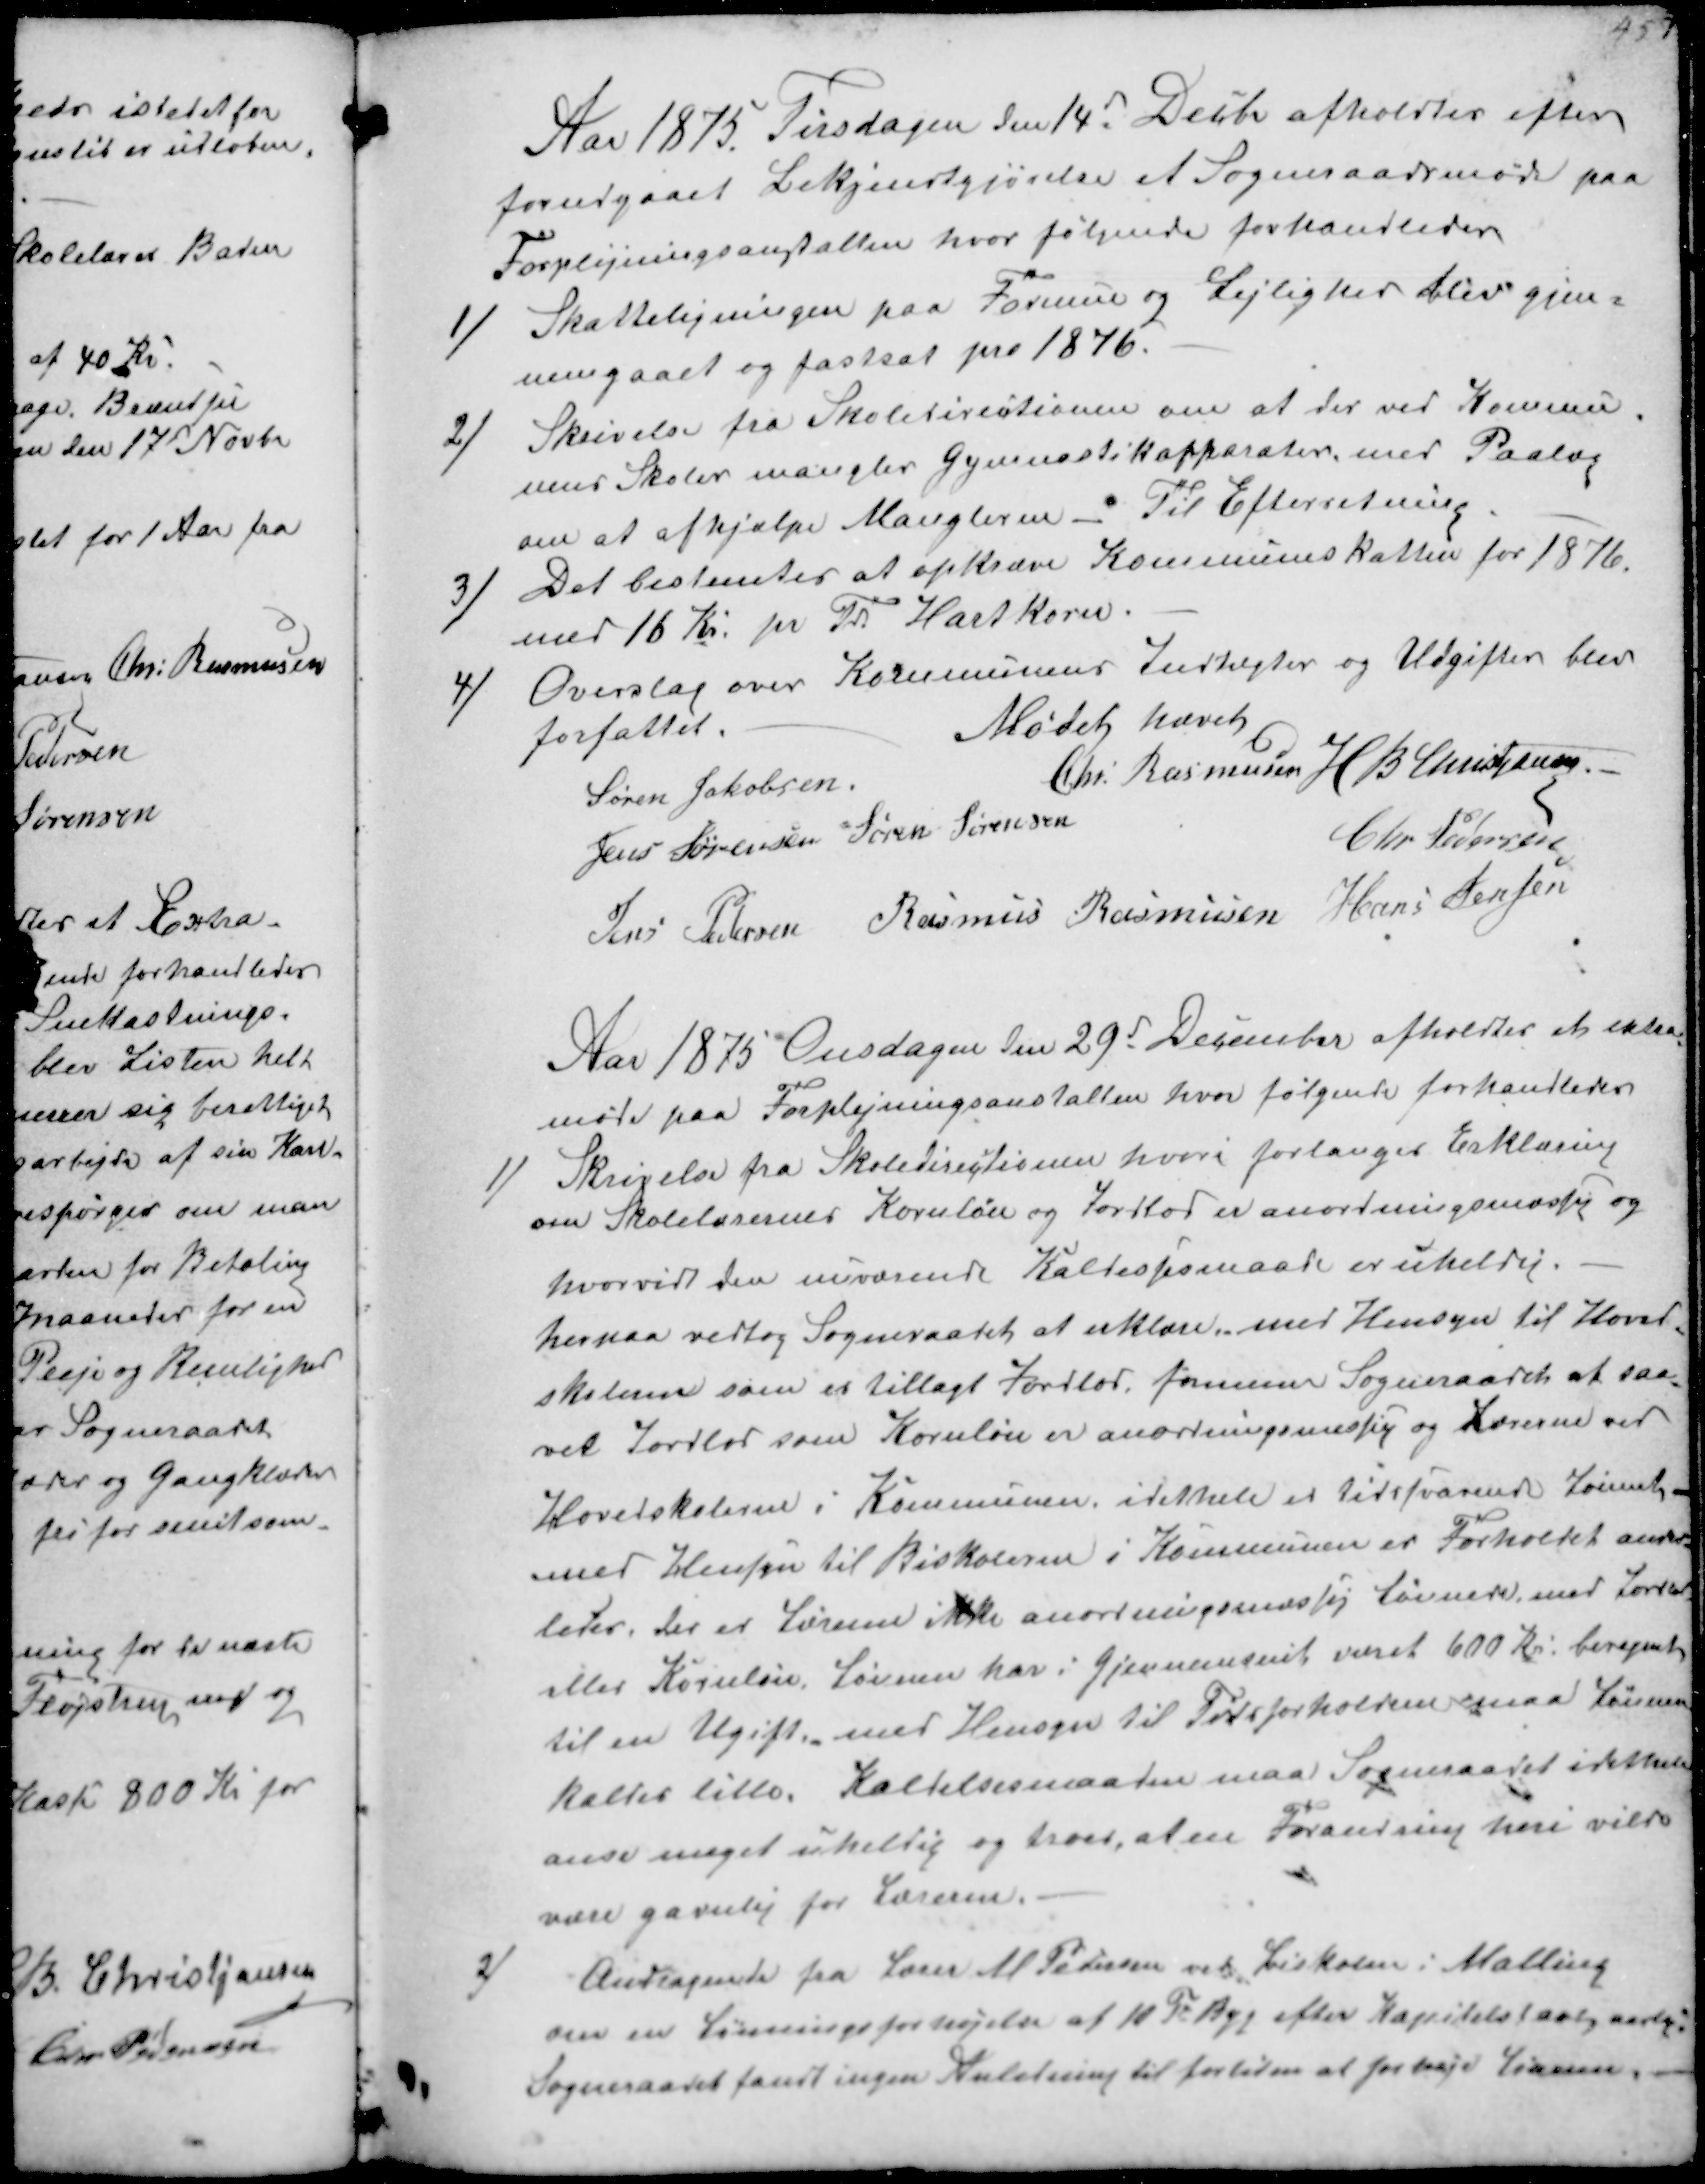
Transskription:
Aar 1875 Tirsdagen den 14d Decbr afholdtes efter
forudgaaet Bekjendtgjørelse et Sogneraadsmøde paa
Forplejningsanstalten hvor følgende forhandledes
1/
Skatteligningen paa Formue og Lejlighed blev gjen-
nemgaaet og fastsat for 1876.
2/
Skrivelse fra Skoledirectionen om at der ved Kommu-
nens Skoler mangler Gymnastikapparater med Paalæg
om at afhjælpe Manglerne - Til Efterretning
3/
Det bestemtes at opkræve Kommuneskatten for 1876
med 16 Kr pr Td Hartkorn.
4/
Overslag over Kommunens indtægter og Udgifter blev
forfattet.
Mødet hævet
Søren Jakobsen
Chr. Rasmussen H B Christjansen
Jens Sørensen Søren Sørensen
Chr Pedersen
Jens Pedersen Rasmus Rasmussen Hans Jensen

Aar 1875 Onsdagen den 29d December afholdtes et extra
møde paa Forplejningsanstalten hvor følgende forhandledes
1/
Skrivelse fra Skoledirectionen hvori forlanges Erklæring
om Skolelærernes Kornløn og Jordlod er anordningsmæssig og
hvorvidt den nuværende Kaldesesmaade er uheldig.
hernaa vedtog Sogneraadet at erklære med Hensyn til Hoved-
skolen som er tillagt Jordlod formener Sogneraadet at saa-
vel Jordlod som Kornløn er anordningsmæssig og Lærerne ved
Hovedskolerne i Kommunen, idethele er tidssvarende Lønnet
med Hensyn til Biskolerne i Kommunen er Forholdet ander-
ledes, der er Lønnen ikke anordningsmæstig Lønnede med Jordlod
elles Kornløn Lønnen har i Gjennemsnit været 600 Kr. beregnet
til en Ugift med Hensyn til Tidsforholdene maa Lønnen
kaltes lille. Kaldelsesmaaden maa Sogneraadet idethele
anse meget uheldig og troer, at en Forandring heri vilde
være gavnlig for Lærerne.
2/
Andragende fra Lærer M Pedersen ved Biskolen i Malling
om en Lønningsforhøjelse af 10 Td Byg efter Kapitalstaxt aarlig
Sogneraadet fandt ingen Anledning til fortiden at forhøje Lønnen.